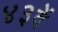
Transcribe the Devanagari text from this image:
४३वें